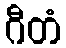
ဂီတံ